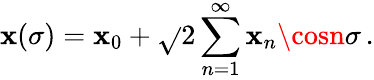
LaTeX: \mathbf{x}(\sigma)=\mathbf{x}_{0}+\sqrt{}{{2}}\sum_{n=1}^{\infty}\mathbf{x}_{n}\cosn\sigma\, .